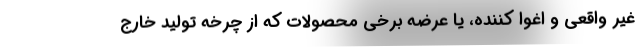
غیر واقعی و اغوا کننده، یا عرضه برخی محصولات که از چرخه تولید خارج